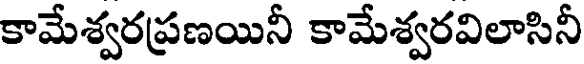
కామేశ్వరప్రణయినీ కామేశ్వరవిలాసినీ